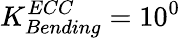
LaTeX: K_{Bending}^{ECC}=10^{0}